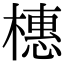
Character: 橞